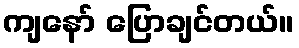
ကျနော် ပြောချင်တယ်။